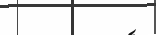
٢٥